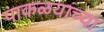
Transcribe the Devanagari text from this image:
पाकळयांच्या